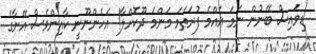
ޑިވައިސް ބޭނުން ނަމަ އެއްމެ ފުރަތަމަ މަންމަ ދޫކޮށްލާ! އެހެންނޫނީ ކާއިންވެސް އޭނާގެ